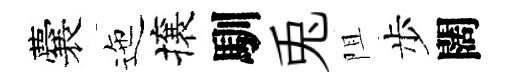
囊迤攘馴兎阻步闊